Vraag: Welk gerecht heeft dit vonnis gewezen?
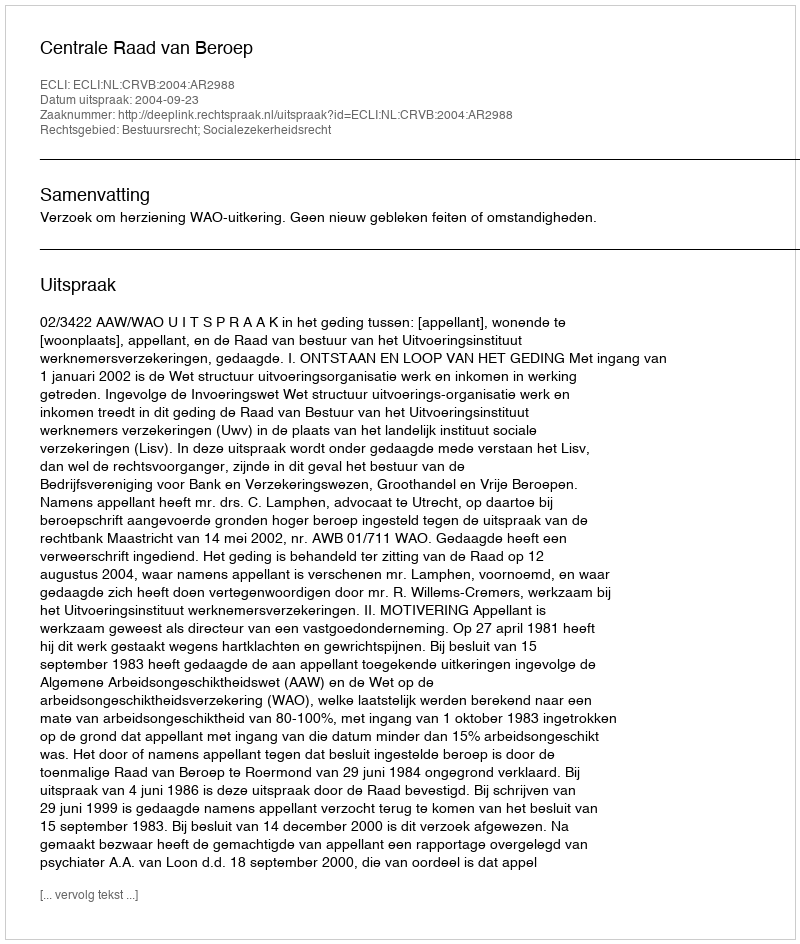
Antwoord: Centrale Raad van Beroep